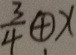
\frac { 3 } { 4 } \textcircled { + } x